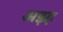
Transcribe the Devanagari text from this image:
अझ़ा